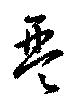
琴